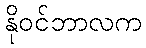
နိုဝင်ဘာလက